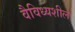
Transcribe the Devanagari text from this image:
वैविध्यशील